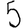
Digit: 5